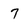
Character: 7